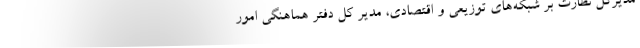
مدیرکل نظارت بر شبکه‌های توزیعی و اقتصادی، مدیر کل دفتر هماهنگی امور